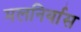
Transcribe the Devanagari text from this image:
मलनिर्यास